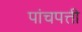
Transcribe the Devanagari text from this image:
पांचपत्ती